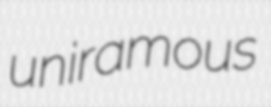
uniramous